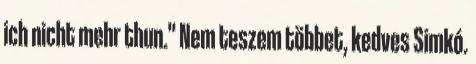
ich nicht mehr thun." Nem teszem többet, kedves Simkó.